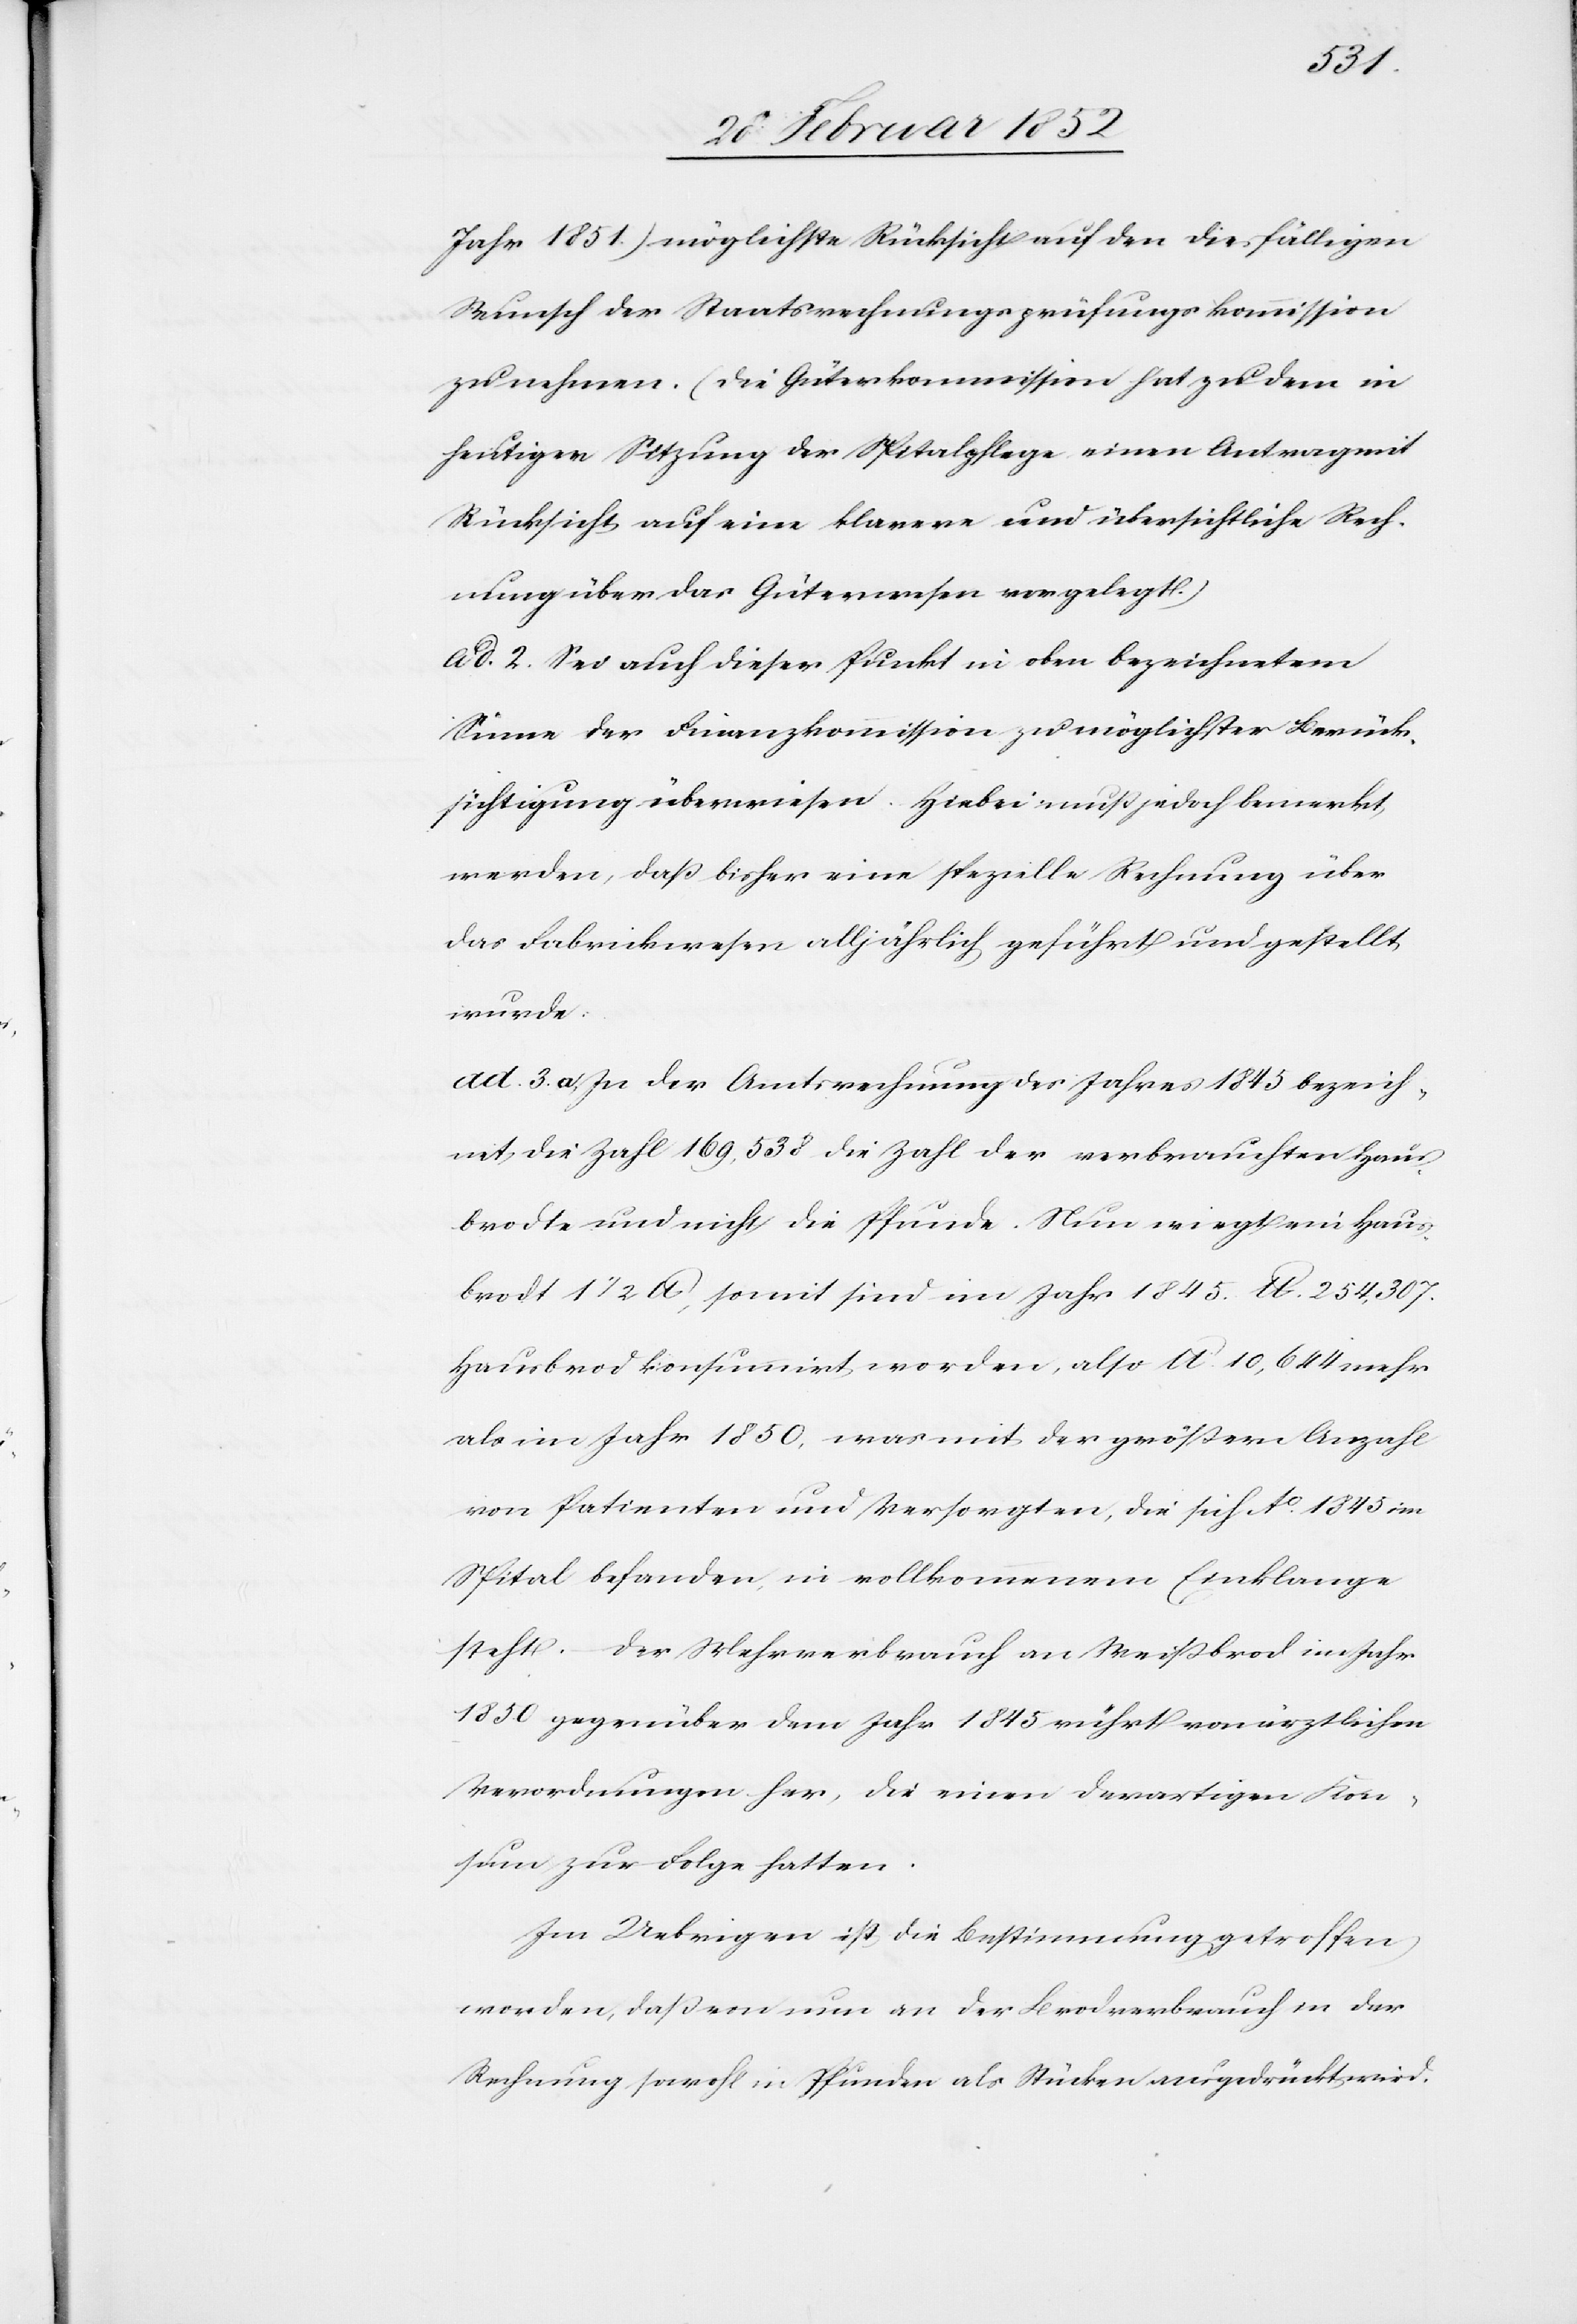
Jahr 1851) möglichste Rücksicht auf den diesfälligen
Wunsch der Staatsrechnungsprüfungskommission
zu nehmen. (Die Güterkommission hat zu dem in
heutiger Sitzung der Spitalpflege einen Antrag mit
Rücksicht auf eine klarere und übersichtliche Rech¬
nung über das Güterwesen vorgelegt.)
ad. 2. Sei auch dieser Punkt in oben bezeichnetem
Sinne der Finanzkommission zu möglichster Berück¬
sichtigung überwiesen. Hiebei muß jedoch bemerkt
werden, daß bisher eine spezielle Rechnung über
das Fabrikwesen alljährlich geführt und gestellt
wurde.
ad. 3. a. In der Amtsrechnung des Jahres 1845 bezeich¬
net die Zahl 169,538 die Zahl der verbrauchten Haus¬
brodte und nicht die Pfunde. Nun wiegt ein Haus¬
brodt 1 1/2 lb, somit sind im Jahr 1845. lb. 254,307.
Hausbrod konsumirt worden, also lb. 10,644 mehr
als im Jahr 1850, was mit der größern Anzahl
von Patienten und Versorgten, die sich Ao. 1845 im
Spital befanden, in vollkommenem Einklange
steht. Der Mehrverbrauch an Weißbrod im Jahr
1850 gegenüber dem Jahr 1845 rührt von ärztlichen
Verordnungen her, die einen derartigen Kon¬
sum zur Folge hatten.
Im Uebrigen ist die Bestimmung getroffen
worden, daß von nun an der Brodverbrauch in der
Rechnung sowohl in Pfunden als Stücken ausgedrückt wird.